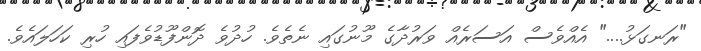
"ރަނގަޅު...." އެއްވެސް އަސަރެއް ވަރުދާގެ މޫނުގައި ނެތެވެ. ހުދުވެ ދޮންފޫޑުވެފައި ހުރި ކަހަލައެވެ.